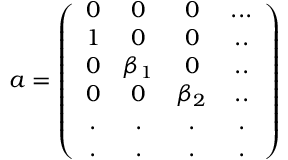
a = \left( \begin{array} { c c c c } { { 0 } } & { { 0 } } & { { 0 } } & { { . . . } } \\ { { 1 } } & { { 0 } } & { { 0 } } & { { . . } } \\ { { 0 } } & { { \beta _ { 1 } } } & { { 0 } } & { { . . } } \\ { { 0 } } & { { 0 } } & { { \beta _ { 2 } } } & { { . . } } \\ { { . } } & { { . } } & { { . } } & { { . } } \\ { { . } } & { { . } } & { { . } } & { { . } } \end{array} \right)